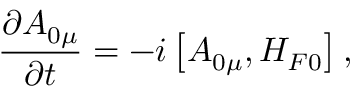
\frac { \partial A _ { 0 \mu } } { \partial t } = - i \left[ A _ { 0 \mu } , H _ { F 0 } \right] ,